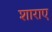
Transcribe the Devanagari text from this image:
शाराए